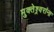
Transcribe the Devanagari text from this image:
मुक्तेश्र्वरांना